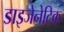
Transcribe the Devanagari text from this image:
डाइजेनेटिक